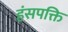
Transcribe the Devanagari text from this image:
हंसपक्ति